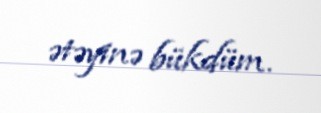
ətəyinə bükdüm.